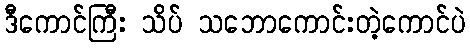
ဒီကောင်ကြီး သိပ် သဘောကောင်းတဲ့ကောင်ပဲ